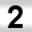
Digit: 2